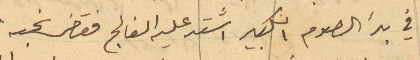
في بدء الصوم الكبير اشتد عليه الفالج فقضى نحبه